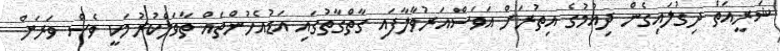
ޝަރީއަތް ދިގުލައިގެން ދިއުމުގެ އިތުރަށް އަވަސްއަރުވާލާފައި ގާތްގާތުގައި އަޑުއެހުންތައް ތާވަލްކުރުމަކީ ވެސް ވަރަށް